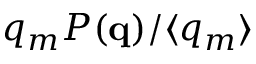
q _ { m } P ( { \bf q } ) / \langle { q _ { m } } \rangle